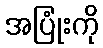
အပြုံးကို